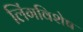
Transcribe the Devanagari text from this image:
लिंगविशेष